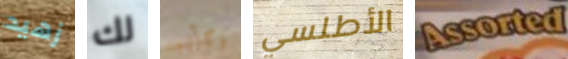
زهيد لك وكأنهم الأطلسي Assorted